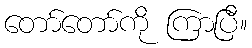
တော်တော်ကို ကြာပြီ။